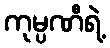
ကုမ္ပဏီရဲ့